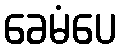
ခေမံပေ